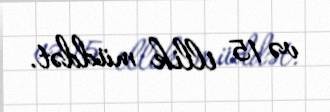
və 15 illik müddət.